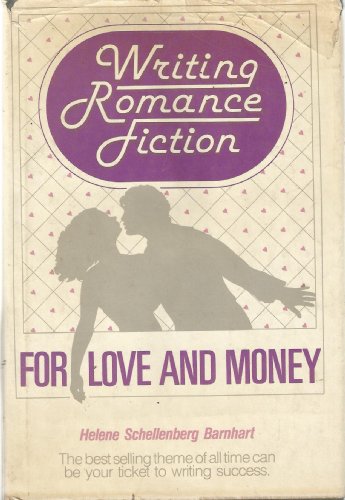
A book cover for Writing Romance Fiction, for Love and Money; Helene Schellenberg Barnhart; Romance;